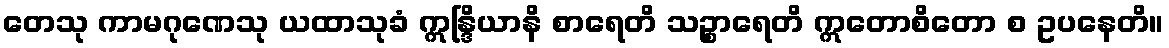
တေသု ကာမဂုဏေသု ယထာသုခံ ဣန္ဒြိယာနိ စာရေတိ သဉ္စာရေတိ ဣတောစိတော စ ဥပနေတိ။